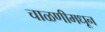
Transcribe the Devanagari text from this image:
चाळणीमधून